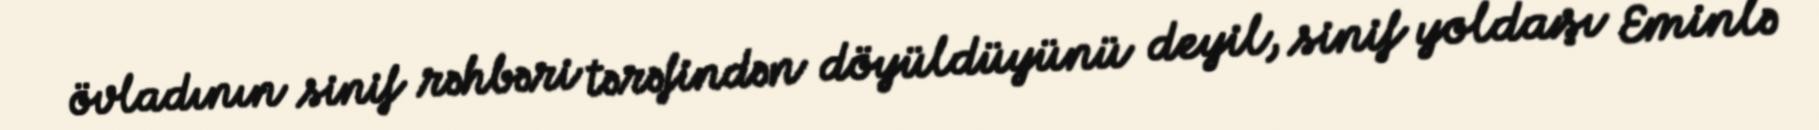
övladının sinif rəhbəri tərəfindən döyüldüyünü deyil, sinif yoldaşı Eminlə